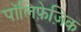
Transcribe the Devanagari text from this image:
पॉलिफ़ेज़िक